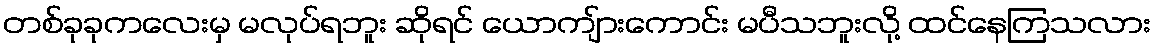
တစ်ခုခုကလေးမှ မလုပ်ရဘူး ဆိုရင် ယောကျ်ားကောင်း မပီသဘူးလို့ ထင်နေကြသလား